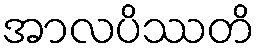
အာလပိဿတိ